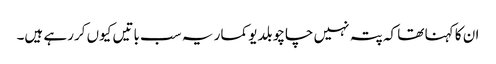
ان کا کہنا تھا کہ پتہ نہیں چاچو بلدیو کمار یہ سب باتیں کیوں کررہے ہیں۔